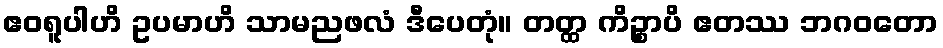
ဧဝရူပါဟိ ဥပမာဟိ သာမညဖလံ ဒီပေတုံ။ တတ္ထ ကိဉ္စာပိ ဧတဿ ဘဂဝတော